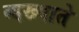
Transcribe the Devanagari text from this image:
व्यख्याते